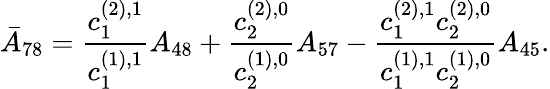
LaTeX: \bar{A}_{78}=\frac{c_{1}^{(2),1}}{c_{1}^{(1),1}}A_{48}+\frac{c_{2}^{(2),0}}{c_{2}^{(1),0}}A_{57}-\frac{c_{1}^{(2),1}c_{2}^{(2),0}}{c_{1}^{(1),1}c_{2}^{(1),0}}A_{45}.